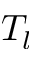
T _ { l }